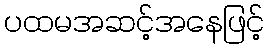
ပထမအဆင့်အနေဖြင့်